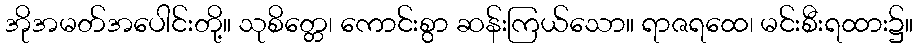
အိုအမတ်အပေါင်းတို့။ သုစိတ္တေ၊ ကောင်းစွာ ဆန်းကြယ်သော။ ရာဇရထေ၊ မင်းစီးရထား၌။